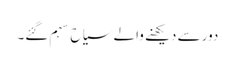
دور سے دیکھنے والے سیاح سہم گئے۔